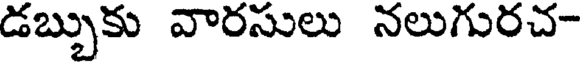
డబ్బుకు వారసులు నలుగురచ-